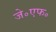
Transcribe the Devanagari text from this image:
जे॰एफ॰